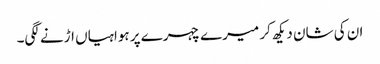
ان کی شان دیکھ کر میرے چہرے پر ہواہیاں اڑنے لگی۔